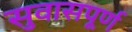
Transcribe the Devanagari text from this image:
सुवासपूर्ण